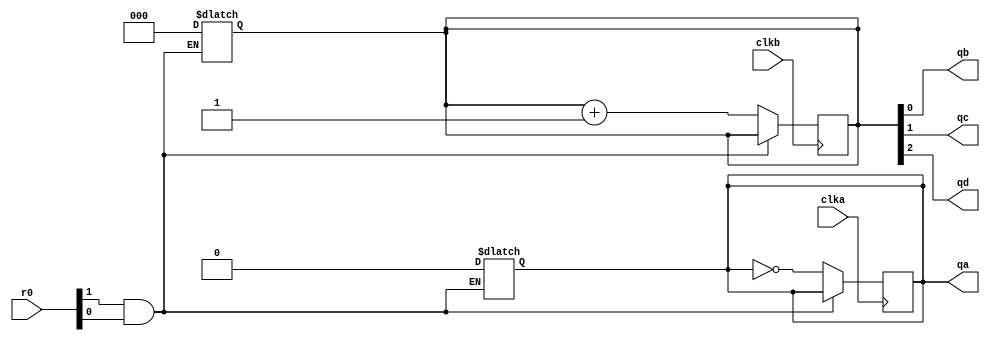
module sn74ls93(qa, qb, qc, qd, clka, clkb, r0);
input clka, clkb;
input [1:0] r0;
output qa, qb, qc, qd;
reg cnta;
reg [2:0] cntbcd;
wire res0;

parameter 
	// TI TTL data book Vol 1, 1985
	tPLHA_min=0, tPLHA_typ=10, tPLHA_max=16,	//TPL CLK1 -> QA
	tPHLA_min=0, tPHLA_typ=12, tPHLA_max=18,
	tPLHB_min=0, tPLHB_typ=10, tPLHB_max=16,	//TPL CLK2 -> QB
	tPHLB_min=0, tPHLB_typ=14, tPHLB_max=21,
	tPLHC_min=0, tPLHC_typ=21, tPLHC_max=32,	//TPL CLK2 -> QC
	tPHLC_min=0, tPHLC_typ=23, tPHLC_max=35,
	tPLHD_min=0, tPLHD_typ=34, tPLHD_max=51,	//TPL CLK2 -> QD
	tPHLD_min=0, tPHLD_typ=34, tPHLD_max=51;

nand(res0, r0[1], r0[0]);

always @(res0)
begin
  if (res0==0) begin
	cnta <= 'b0;
	cntbcd <= 3'b000;
  end
end

/* counter A */
always @(negedge clka)
begin
	if (res0==1)
	begin
		cnta <= ~cnta;
	end
end
assign #(tPLHA_min:tPLHA_typ:tPLHA_max,
		 tPHLA_min:tPHLA_typ:tPHLA_max)
	qa = cnta;

always @(negedge clkb)
begin
	if (res0==1)
		cntbcd <= cntbcd+1;
end
assign #(tPLHB_min:tPLHB_typ:tPLHB_max,
		 tPHLB_min:tPHLB_typ:tPHLB_max)
	qb = cntbcd[0];
assign #(tPLHC_min:tPLHC_typ:tPLHC_max,
		 tPHLC_min:tPHLC_typ:tPHLC_max)
	qc = cntbcd[1];
assign #(tPLHD_min:tPLHD_typ:tPLHD_max,
		 tPHLD_min:tPHLD_typ:tPHLD_max)
	qd = cntbcd[2];

endmodule